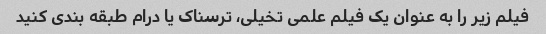
فیلم زیر را به عنوان یک فیلم علمی تخیلی، ترسناک یا درام طبقه بندی کنید